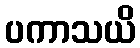
ပကာသယိ